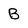
Character: B